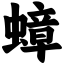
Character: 蟑